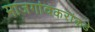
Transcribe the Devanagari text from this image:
माजगांवकरांकडे